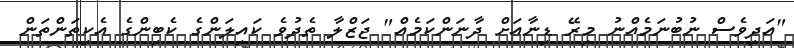
"އަދިވެސް ނުބުނަމެއްނު މިރޭ ޑިނާއަށް ދާނަންކަމެއް" ޖަޒްލާ ތެދުވެ ކައިލަންގެ ކެބިންގެ އެކިތަންތަން